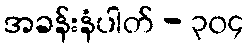
အခန်းနံပါတ် - ၃၀၄